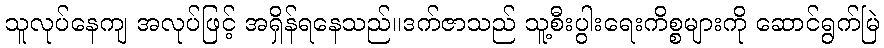
သူလုပ်နေကျ အလုပ်ဖြင့် အရှိန်ရနေသည်။ဒက်ဇာသည် သူ့စီးပွါးရေးကိစ္စများကို ဆောင်ရွက်မြဲ